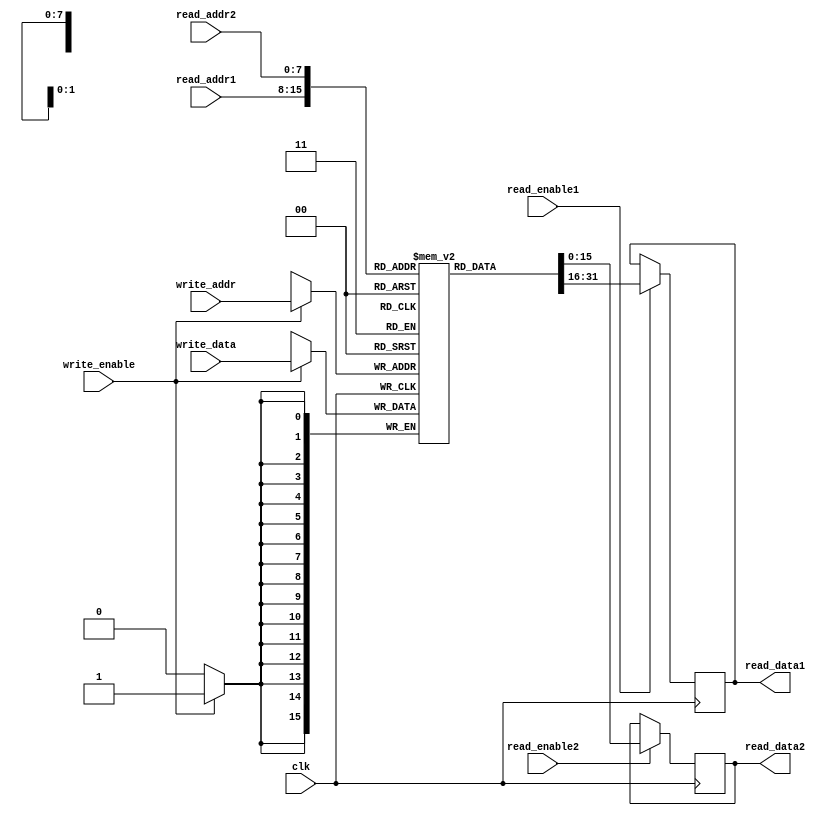
module register_file (
  input clk,
  input [7:0] read_addr1,
  input [7:0] read_addr2,
  input [7:0] write_addr,
  input [15:0] write_data,
  input read_enable1,
  input read_enable2,
  input write_enable,
  output reg [15:0] read_data1,
  output reg [15:0] read_data2
);

reg [15:0] memory [0:255];

always @(posedge clk) begin
  if (read_enable1)
    read_data1 <= memory[read_addr1];
  
  if (read_enable2)
    read_data2 <= memory[read_addr2];
  
  if (write_enable)
    memory[write_addr] <= write_data;
end

endmodule